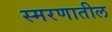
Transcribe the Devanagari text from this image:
स्मरणातील